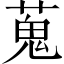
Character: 蒐